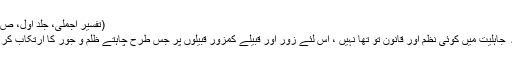
(تفسیر اجملی، جلد اول، ص :۹۶)
زمانہ ٔ جاہلیت میں کوئی نظم اور قانون تو تھا نہیں ، اس لئے زور آور قبیلے کمزور قبیلوں پر جس طرح چاہتے ظلم و جور کا ارتکاب کر لیتے۔